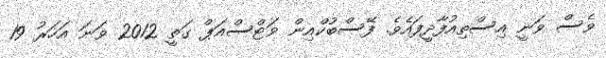
ވެސް ވަނީ އިސްތިއުފާދީފައެވެ. ފޭސްބުކްއިން ވަޓްސްއަޕް ގަތީ 2012 ވަނަ އަހަރު 19